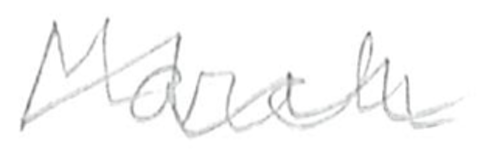
Text: March
Cross-out: wave
Writing tool: pencil